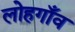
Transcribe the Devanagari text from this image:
लोहगाँव